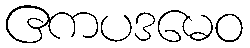
ဧကပဒမေဝ